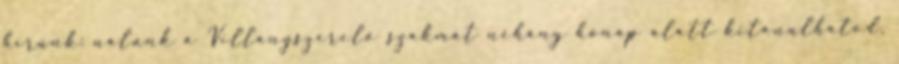
hírünk: nálunk a Villanyszerelő szakmát néhány hónap alatt kitanulhatod,